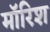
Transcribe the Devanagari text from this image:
मॉरिश